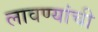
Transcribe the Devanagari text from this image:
लावण्यांची